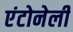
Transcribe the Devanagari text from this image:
एंटोनेली